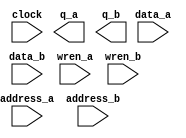
module ram_element (
	address_a,
	address_b,
	clock,
	data_a,
	data_b,
	wren_a,
	wren_b,
	q_a,
	q_b);

	input	[7:0]  address_a;
	input	[7:0]  address_b;
	input	  clock;
	input	[7:0]  data_a;
	input	[7:0]  data_b;
	input	  wren_a;
	input	  wren_b;
	output	[7:0]  q_a;
	output	[7:0]  q_b;
`ifndef ALTERA_RESERVED_QIS
// synopsys translate_off
`endif
	tri1	  clock;
	tri0	  wren_a;
	tri0	  wren_b;
`ifndef ALTERA_RESERVED_QIS
// synopsys translate_on
`endif

endmodule